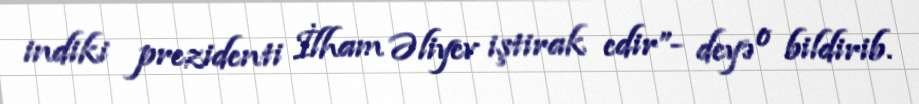
indiki prezidenti İlham Əliyev iştirak edir”- deyə o bildirib.